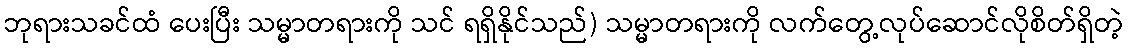
ဘုရားသခင်ထံ ပေးပြီး သမ္မာတရားကို သင် ရရှိနိုင်သည်) သမ္မာတရားကို လက်တွေ့လုပ်ဆောင်လိုစိတ်ရှိတဲ့